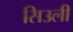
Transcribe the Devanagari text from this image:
सिउली